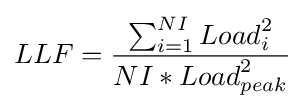
{LLF}={\frac {\sum _{i=1}^{NI}{Load}_{i}^{2}}{NI*{Load}_{peak}^{2}}}